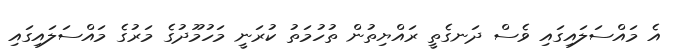
އެ މައްސަލައިގައި ވެސް ދަނގެތީ ރައްޔިތުން ތުހުމަތު ކުރަނީ މަހުމޫދުގެ މަރުގެ މައްސަލައިގައި